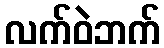
လက်ဝဲဘက်